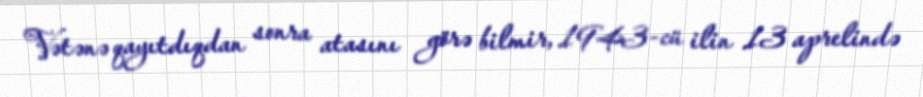
Vətənə qayıtdıqdan sonra atasını görə bilmir, 1943-cü ilin 13 aprelində